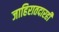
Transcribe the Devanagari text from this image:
जाहिरातदारही